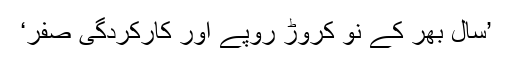
’سال بھر کے نو کروڑ روپے اور کارکردگی صفر‘